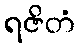
ရဇိတံ